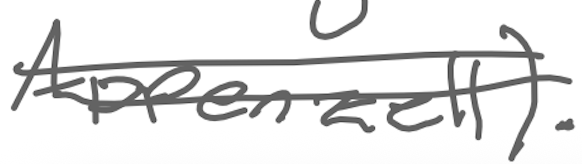
Text: Appenzell).
Cross-out: double-line
Writing tool: digital_gray